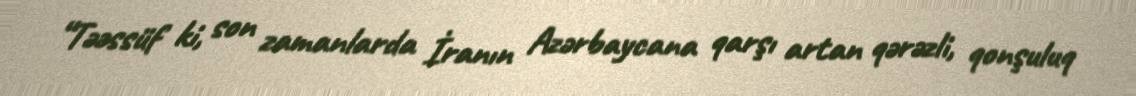
“Təəssüf ki, son zamanlarda İranın Azərbaycana qarşı artan qərəzli, qonşuluq